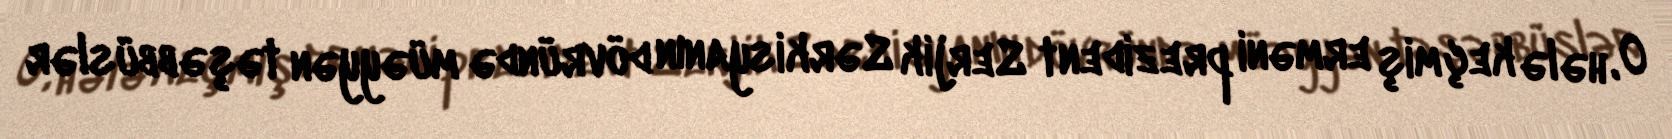
O, hələ keçmiş erməni prezident Serjik Sərkisyanın dövründə müəyyən təşəbbüslər